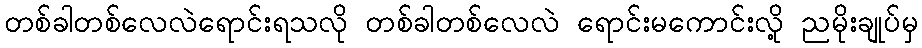
တစ်ခါတစ်လေလဲရောင်းရသလို တစ်ခါတစ်လေလဲ ရောင်းမကောင်းလို့ ညမိုးချုပ်မှ